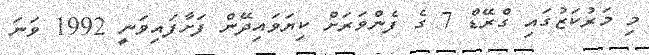
މި މަރުކަޒުގައި ގްރޭޑް 7 ގެ ފެންވަރަށް ކިޔަވައިދޭން ފަށާފައިވަނީ 1992 ވަނަ